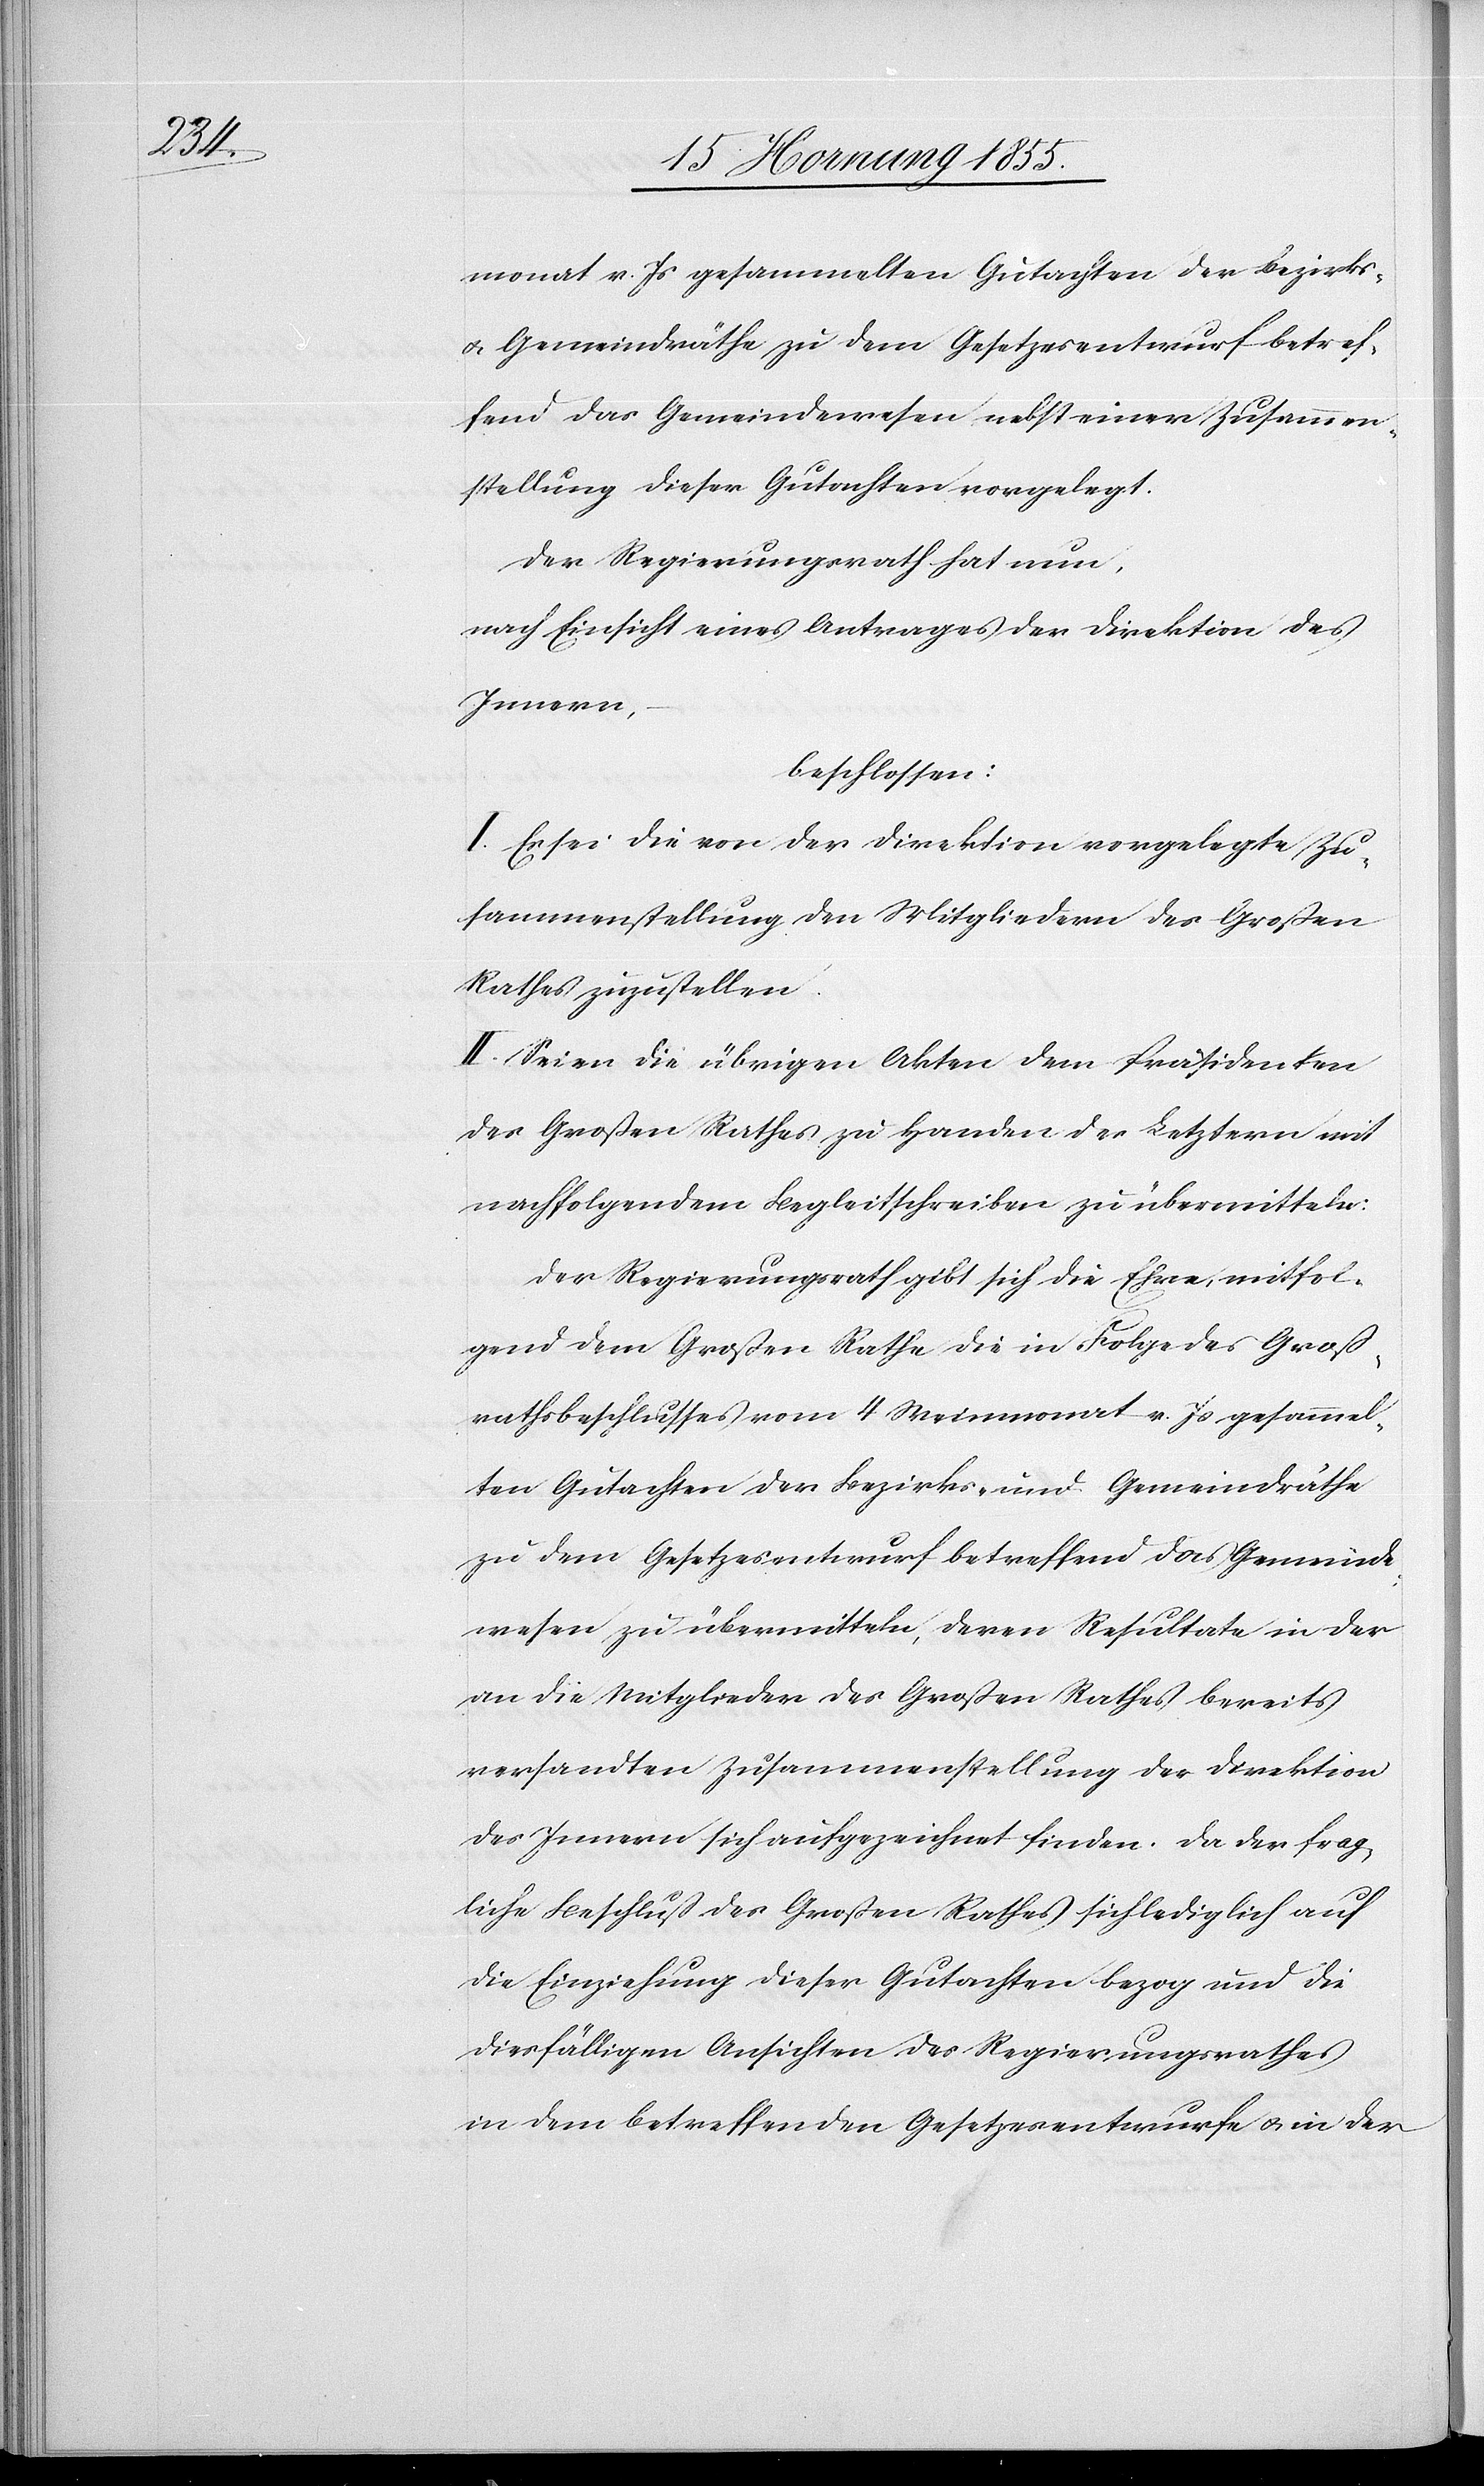
monat v. Js gesammelten Gutachten der Bezirks-
& Gemeindräthe zu dem Gesetzesentwurf betref¬
fend das Gemeindewesen nebst einer Zusammen¬
stellung dieser Gutachten vorgelegt.
Der Regierungsrath hat nun,
nach Einsicht eines Antrages der Direktion des
Innern,
beschlossen:
I. Es sei die von der Direktion vorgelegte Zu¬
sammenstellung den Mitgliedern des Großen
Rathes zuzustellen.
II. Seien die übrigen Akten dem Präsidenten
des Großen Rathes zu Handen der Letztern mit
nachfolgendem Begleitschreiben zu übermitteln:
Der Regierungsrath gibt sich die Ehre, mitfol¬
gend dem Großen Rathe die in Folge des Groß¬
rathsbeschlusses vom 4 Weinmonat v. Js gesammel¬
ten Gutachten der Bezirks- und Gemeindräthe
zu dem Gesetzesentwurf betreffend das Gemeinde¬
wesen zu übermitteln, deren Resultate in der
an die Mitglieder des Großen Rathes bereits
versandten Zusammenstellung der Direktion
des Innern sich aufgezeichnet finden. Da der frag¬
liche Beschluß des Großen Rathes sich lediglich auf
die Einziehung dieser Gutachten bezog und die
diesfälligen Ansichten des Regierungsrathes
in dem betreffenden Gesetzesentwurfe & in der